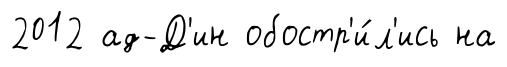
2012 ад-Д'ин обостр'и́л'ись на